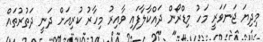
މިދިޔަ ޖަނަވަރީ މަހު މިޑްރޯން ދަައްކާލާފައި ވާއިރު މިހާރު ކުރިއަށް ދަނީ ދަތުރުތައް